Leaving Certificate, 1899
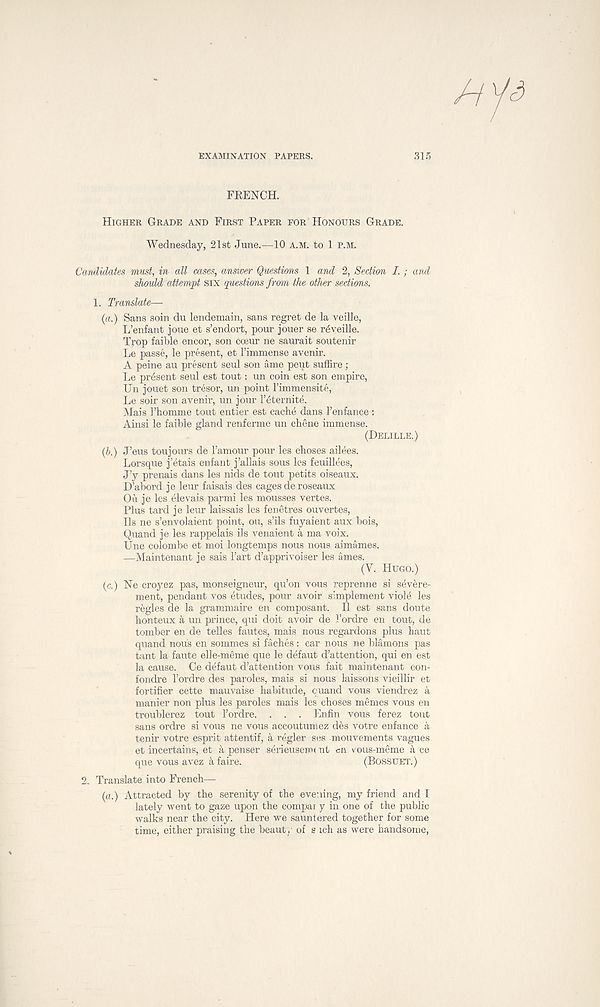
EXAMINATION PAPERS.
315
FRENCH.
HIGHER GRADE AND FIRST PAPER FOR HONOURS GRADE.
Wednesday, 21st June.—10 A.M. to 1 P.M.
Candidates must, in all cases, answer Questions 1 and 2, Section I.; and
should attempt six questions from the other sections.
1. Translate—
(a.) Sans soin du lendemain, sans regret de la veille,
L’enfant joue et s’endort, pour jouer se reveille.
Trop faible encor, son coeur ne saurait soutenir
Le passe, le present, et Fimmense avenir.
A peine au present seul son ame peut suffire;
Le present seul est tout: un coin est son empire,
Un jouet son tresor, un point Fimmensite,
Le soir son avenir, un jour F6ternit&
Mais Fhomme tout entier est cache dans Fenfance:
Ainsi le faible gland renferme un chene immense.
(DELILLE.)
(b.) J’eus toujours de Famour pour les choses ailees.
Lorsque j’etais enfant j’allais sous les feuillees,
J’y prenais dans les nids de tout petits oiseaux.
D’abord je leur faisais des cages de roseaux
Ou je les elevais parmi les mousses vertes.
Plus tard je leur laissais les fenetres ouvertes,
Ils ne s’envolaient point, ou, s’ils fuyaient aux bois,
Quand je les rappelais ils venaient a ma voix.
Une colombe et moi longtemps nous nous aimames.
—Maintenant je sais Fart d’apprivoiser les ames.
(Y. HUGO.)
(c.) Ne croyez pas, monseigneur, qu’on vous reprenne si severe-
ment, pendant vos etudes, pour avoir simplement viole les
regies de la grammaire en composant. II est sans doute
honteux a un prince, qui doit avoir de Fordre en tout, de
tomber en de telles fautes, mais nous regardons plus haut
quand nous en sommes si faches : car nous ne blamons pas
tant la faute elle-meme que le defaut (Fattention, qui en est
la cause. Ce defaut d’attention vous fait maintenant con-
fondre Fordre des paroles, mais si nous laissons vieillir et
fortifier cette mauvaise habitude, quand vous viendrez a
manier non plus les paroles mais les choses memes vous en
troublerez tout Fordre. . . . Enfin vous ferez tout
sans ordre si vous ne vous accoutumez des votre enfance a
tenir votre esprit attentif, k regler ses mouvements vagues
et incertains, et 4 penser serieuserm nt en vous-meme a ce
que vous avez k faire.
(BOSSUET.)
2. Translate into French—
(a.) Attracted by the serenity of the evening, my friend and I
lately went to gaze upon the compar y in one of the public
walks near the city. Here we sauntered together for some
time, either praising the beauty of s ich as were handsome,